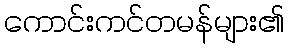
ကောင်းကင်တမန်များ၏